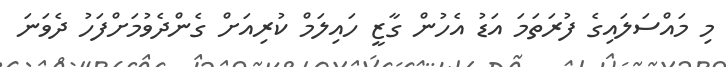
މި މައްސަލައިގެ ފުރަތަމަ އަޑު އެހުން ގާޒީ ހައިލަމް ކުރިއަށް ގެންދެވުމަށްފަހު ދެވަނަ